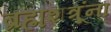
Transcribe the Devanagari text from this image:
ब्रह्मशत्रूंना